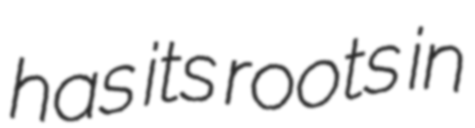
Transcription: has its roots in